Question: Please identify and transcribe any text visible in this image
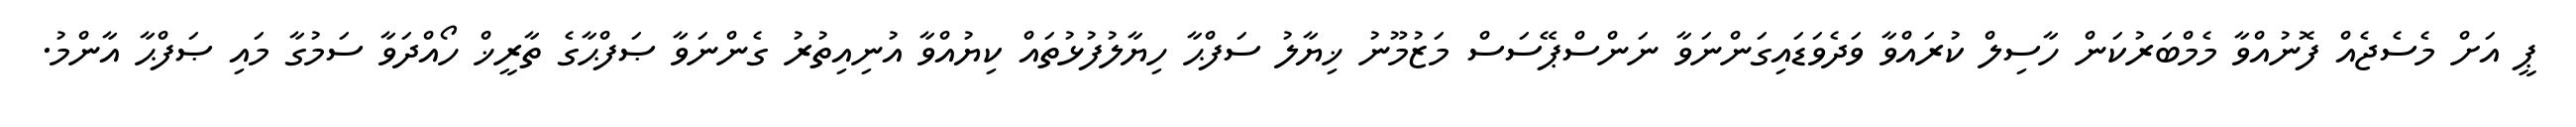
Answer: ޕީ އަށް މެސެޖެއް ފޮނުއްވާ މެމްބަރުކަން ހާސިލް ކުރައްވާ ވަދެވަޑައިގަންނަވާ ނަންސްޕޭސަސް މަޒުމޫނު ޚިޔާލު ސަފްޙާ ހިޔާލުފުޅުތައް ކިޔުއްވާ އުނިއިތުރު ގެންނަވާ ޞަފްޙާގެ ތާރީޚް ހޯއްދަވާ ސަމުގާ މައި ޞަފްޙާ އާންމު.